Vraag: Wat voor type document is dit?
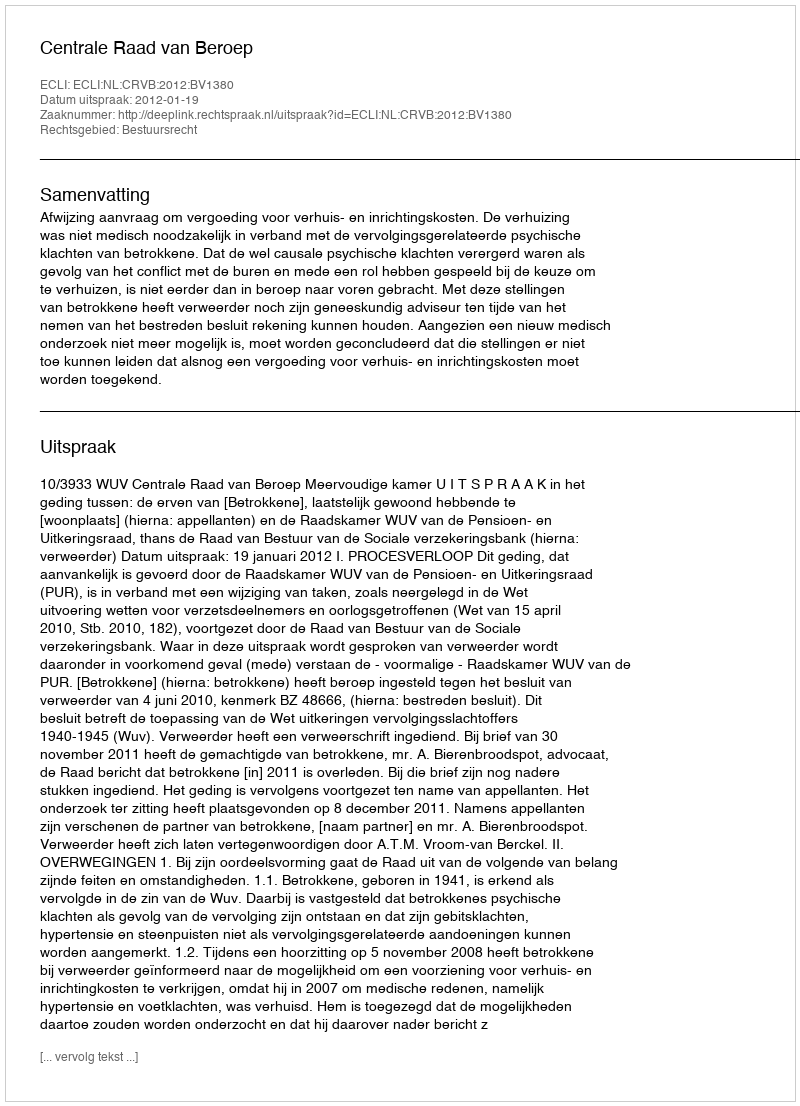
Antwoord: Uitspraak